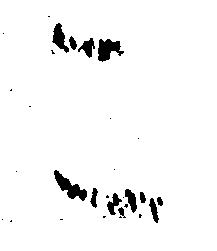
こ